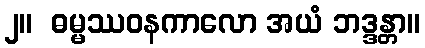
၂။  ဓမ္မဿဝနကာလော အယံ ဘဒ္ဒန္တာ။